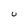
Character: U